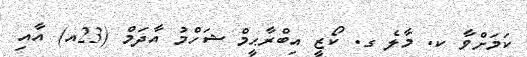
ކަމަށްވާ ކ. މާލެ ގ. ކޯޒީ އިބްރާޙީމް ޝަހްމު އާދަމް (23އ) އާއި